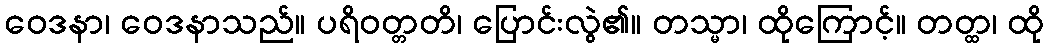
ဝေဒနာ၊ ဝေဒနာသည်။ ပရိဝတ္တတိ၊ ပြောင်းလွဲ၏။ တသ္မာ၊ ထိုကြောင့်။ တတ္ထ၊ ထို